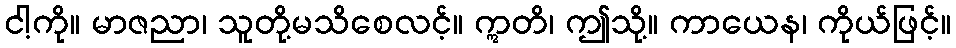
ငါ့ကို။ မာဇညာ၊ သူတို့မသိစေလင့်။ ဣတိ၊ ဤသို့။ ကာယေန၊ ကိုယ်ဖြင့်။